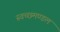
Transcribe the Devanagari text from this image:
स्‍वच्‍छमण्‍डल